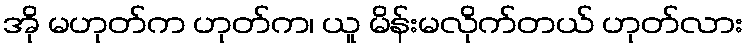
အို မဟုတ်က ဟုတ်က၊ ယူ မိန်းမလိုက်တယ် ဟုတ်လား